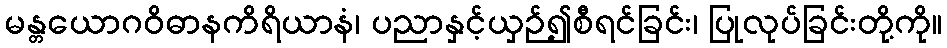
မန္တယောဂဝိဓာနကိရိယာနံ၊ ပညာနှင့်ယှဉ်၍စီရင်ခြင်း၊ ပြုလုပ်ခြင်းတို့ကို။